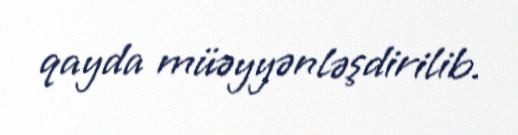
qayda müəyyənləşdirilib.